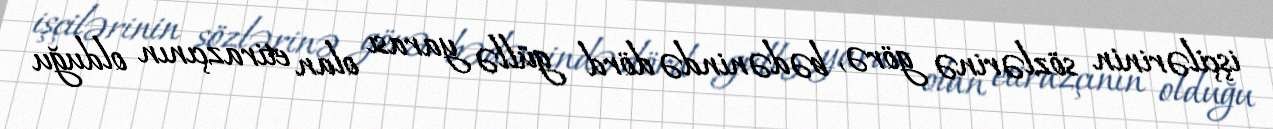
işçilərinin sözlərinə görə, bədənində dörd güllə yarası olan etirazçının olduğu